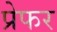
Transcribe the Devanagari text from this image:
प्रेफर